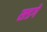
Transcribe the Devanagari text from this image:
सडगे